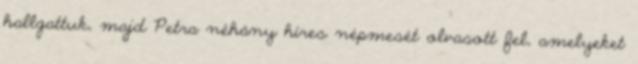
hallgattuk, majd Petra néhány híres népmesét olvasott fel, amelyeket